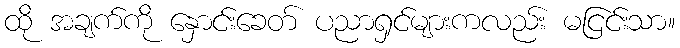
ထို အချက်ကို နှောင်းခေတ် ပညာရှင်များကလည်း မငြင်းသာ။